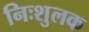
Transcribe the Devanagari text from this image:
निःशुलक